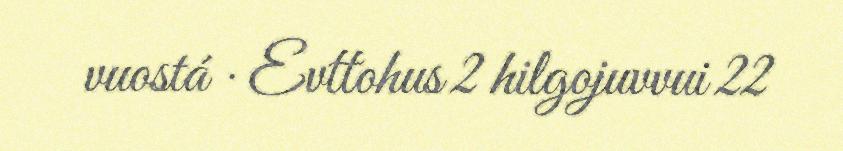
vuostá · Evttohus 2 hilgojuvvui 22